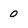
Character: 0